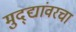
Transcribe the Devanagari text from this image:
मुद्द्यांवरचा